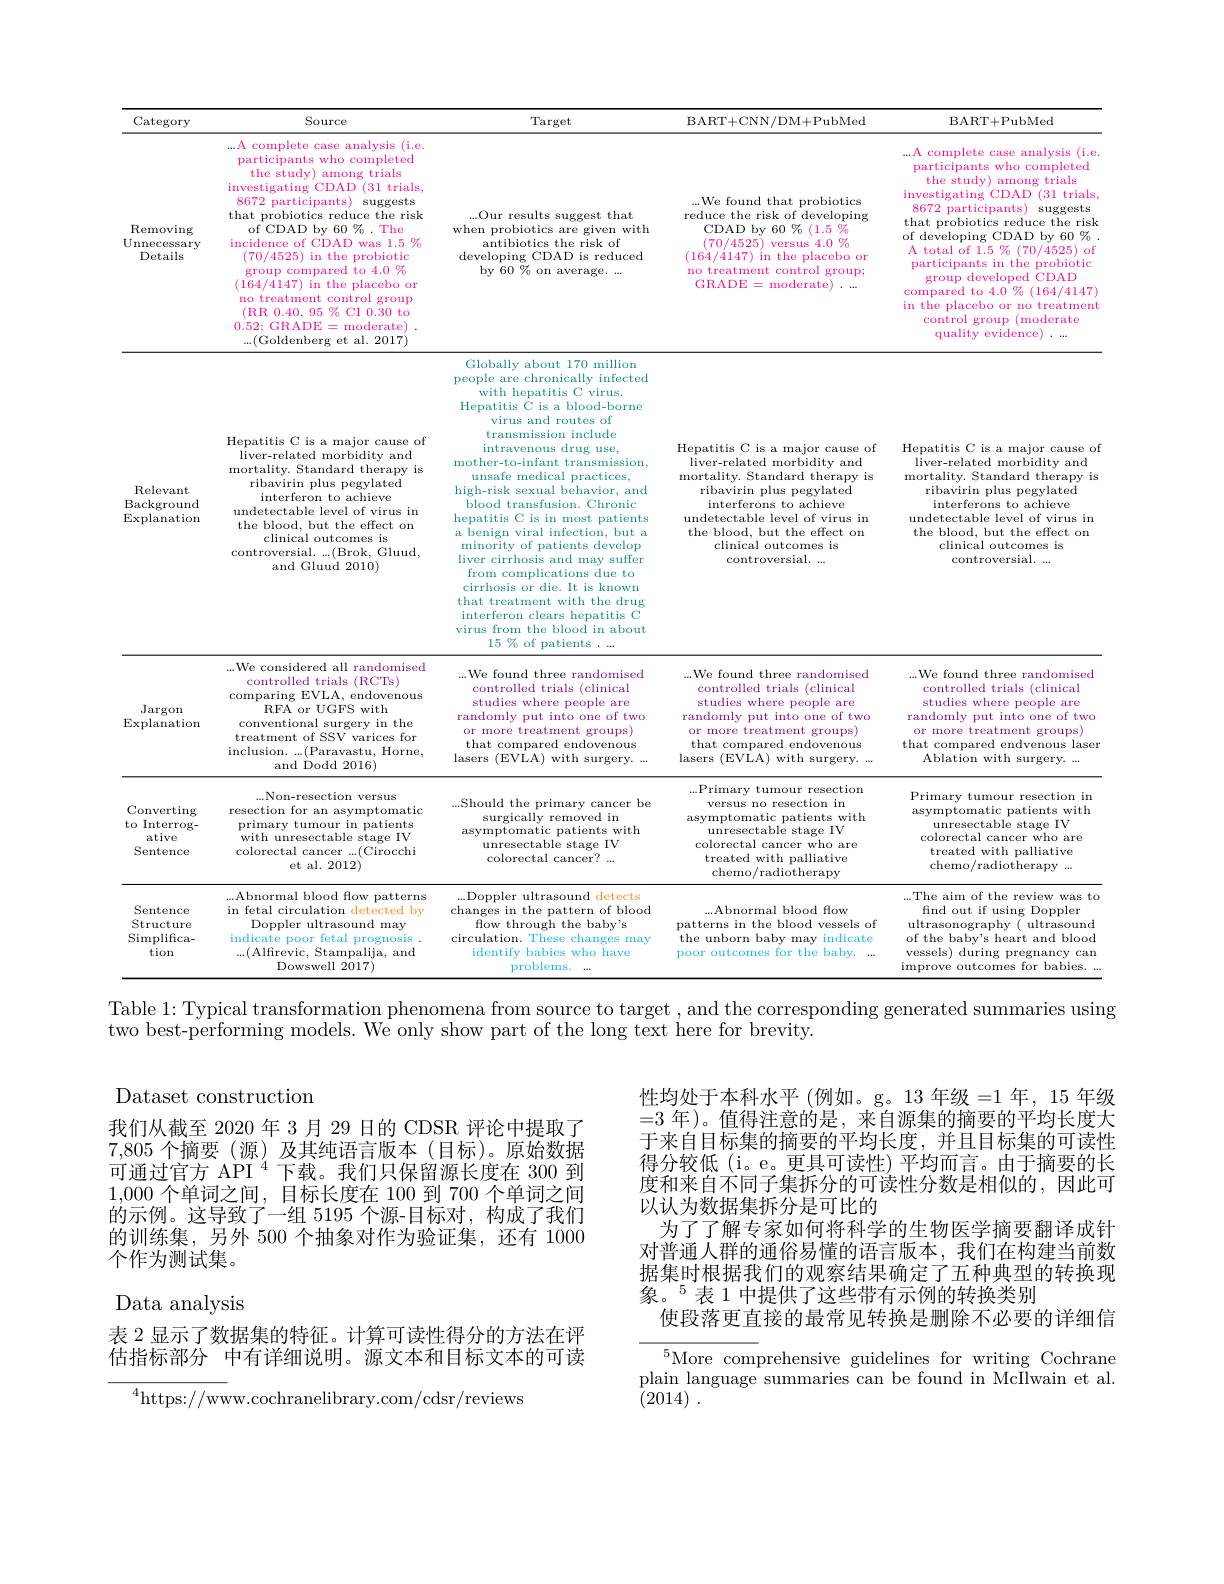
<table>
	<tbody>
		<tr>
			<th>Category</th>
			<th>Source</th>
			<th>Target</th>
			<th>BART+ CNN/ DM+ PubMed</th>
			<th>BART+ PubMed</th>
		</tr>
		<tr>
			<td>Removing Unnecessary Details</td>
			<td>complete case analysis (i.e A participants who completed the study) 1 among trials investigating $CDAD$ $\textcircled{3}1$ trials 8672 participants) suggests that probiotics reduce the risk of CDAD by 60%. The incidence of CDAD was 1.5 % (70/4525) in the probiotic group compared to 4.0% (164/4147) ) in the placebo or no treatment control group (RR 0.40, 95% CI 0.30 to 0.52; GRADE=moderate) $$...($Goldenberg et al. 2017)$</td>
			<td>...Our results suggest that when probiotics are given with antibiotics the risk of developing CDAD is reduced by 60 % on average. ...</td>
			<td>...We found that probiotics reduce the risk of developing CDAD by $60\%$ $6(1.5\%$ (70/4525) $\gamma$ versus $4.0\%$ (164/4147) ) in the placebo or no treatment control group; GRADE = moderate)</td>
			<td>...A complete case analysis i (i.e. participants who completed the study) among trials investigating CDAD 0 (31 trials 8672 participants) suggests that probiotics reduce the risk of developing $g$CDAD by $60\%$ A total of $1.5\%(70/4525)$ j of participants in the probiotic group developed CDAD compared to $4.0\%(164/4147)$ in the placebo or no treatment control group (moderate quality evidence)</td>
		</tr>
		<tr>
			<td>Relevant $\operatorname{Background}$ $\operatorname{Explanation}$</td>
			<td>Hepatitis C is a major cause of liver-related morbidity and mortality. Standard therapy is ribavirin plus pegylated interferon to achieve undetectable level of virus in the blood, but the effect on clinical outcomes is controversial. ...(Brok, Gluud, and Gluud 2010)</td>
			<td>Globally about 170 million people are chronically infected with hepatitis C virus. Hepatitis C is a blood-borne virus and routes of transmission include intravenous drug use, mother-to-infant transmission, unsafe medical practices, high-risk sexual behavior, and blood transfusion. Chronic hepatitis C is in most patients a benign viral infection, but a minority of patients develop liver cirrhosis and may suffer from complications due to cirrhosis or die. It is known that treatment with the drug interferon clears hepatitis C virus from the blood in about</td>
			<td>Hepatitis C is a major cause of liver-related morbidity and mortality. Standard therapy is ribavirin plus pegylated interferons to achieve undetectable level of virus in the blood, but the effect on clinical outcomes is controversial. ...</td>
			<td>Hepatitis C is a major cause o liver-related morbidity and mortality. Standard therapy is ribavirin plus pegylated interferons to achieve undetectable level of virus in the blood, but the effect on clinical outcomes is controversial. ...</td>
		</tr>
		<tr>
			<td>Jargon $\operatorname{Explanation}$</td>
			<td>...We considered all 1 randomised controlled trials (RCTs) comparing EVLA, endovenous RFA or UGFS with conventional surgery in the treatment of SSV varices for inclusion. . . . ( Paravastu, Horne, and Dodd 2016)</td>
			<td>...We found three randomised controlled trials (clinical studies where people are randomly put into one of two or more treatment groups) that compared endovenous lasers (EVLA) with surgery. . $a*$</td>
			<td>...We found three randomised controlled trials (clinical studies where people are randomly put into one of two or more treatment groups) that compared endovenous lasers (EVLA) with surgery. ...</td>
			<td>...We found three randomised s (clinical controlled trials studies where people $\Rightarrow$are randomly put into one of two or more treatment S groups that compared endvenous laser Ablation with surgery. ...</td>
		</tr>
		<tr>
			<td>Converting to Interrog- ative Sentence</td>
			<td>...Non-resection versus resection for an asymptomatic primary tumour in patients with unresectable stage IV colorectal cancer ...(Cirocchi et al. 2012)</td>
			<td>...Should the primary cancer be surgically removed in asymptomatic patients with unresectable stage IV colorectal cancer? .</td>
			<td>...Primary tumour resection versus no resection in asymptomatic patients with unresectable stage IV colorectal cancer who are treated with palliative chemo/radioth. 11</td>
			<td>Primary tumour resection in asymptomatic patients with unresectable stage IV colorectal cancer who are treated with palliative chemo/radiotherapy ...</td>
		</tr>
		<tr>
			<td>Sentence Structure Simplifica- tion</td>
			<td>...Abnormal blood flow patterns in fetal circulation detected by Doppler ultrasound may indicate poor fetal prognosis ...(Alfirevic, Stampalija, and Dowswell 2017)</td>
			<td>...Doppler ultrasound 1detects changes in the pattern of blood flow through the baby's circulation. .These changes may identify babies who have problems.</td>
			<td>...Abnormal blood fow patterns in the blood vessels of the unborn baby may indicate poor outcomes s for the baby.</td>
			<td>...The aim of the review was s to find out if using Doppler ultrasonography $\nu($ ultrasound of the baby's heart and blood vessels) during pregnancy can improve outcomes for babies.</td>
		</tr>
	</tbody>
</table>

two best-performing models. We only show part of the long text here for brevity.

Dataset construction
我们从截至 2020 年 3 月 29 日的 CDSR 评论中提取了7,805个摘要(源)及其纯语言版本(目标)。原始数据可通过官方 API $^{4}$下载。我们只保留源长度在 300 到1,000个单词之间，目标长度在 100 到 700 个单词之间的示例。这导致了一组 5195 个源-目标对，构成了我们的训练集，另外 500 个抽象对作为验证集，还有 1000个作为测试集。

Data analysis

表 2 显示了数据集的特征。计算可读性得分的方法在评估指标部分 中有详细说明。源文本和目标文本的可读

$^{4}$https://www.cochranelibrary.com/cdsr/reviews

性均处于本科水平(例如。g。13 年级=1 年，15 年级=3年)。值得注意的是，来自源集的摘要的平均长度大于来自目标集的摘要的平均长度，并且目标集的可读性得分较低(i。e。更具可读性)平均而言。由于摘要的长度和来自不同子集拆分的可读性分数是相似的，因此可以认为数据集拆分是可比的
为了了解专家如何将科学的生物医学摘要翻译成针对普通人群的通俗易懂的语言版本，我们在构建当前数据集时根据我们的观察结果确定了五种典型的转换现象。$^{5}$表1中提供了这些带有示例的转换类别
使段落更直接的最常见转换是删除不必要的详细信

$^5$More comprehensive guidelines for writing Cochrane plain language summaries can be found in McIlwain et al. (2014) .